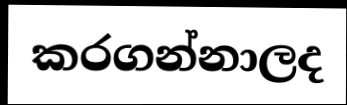
කරගන්නාලද